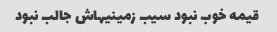
قیمه خوب نبود سیب زمینیهاش جالب نبود